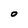
Character: O